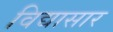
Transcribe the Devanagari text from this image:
विद्यासार